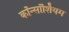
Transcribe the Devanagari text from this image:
कॉन्सॉर्शियम